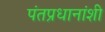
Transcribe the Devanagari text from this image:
पंतप्रधानांशी